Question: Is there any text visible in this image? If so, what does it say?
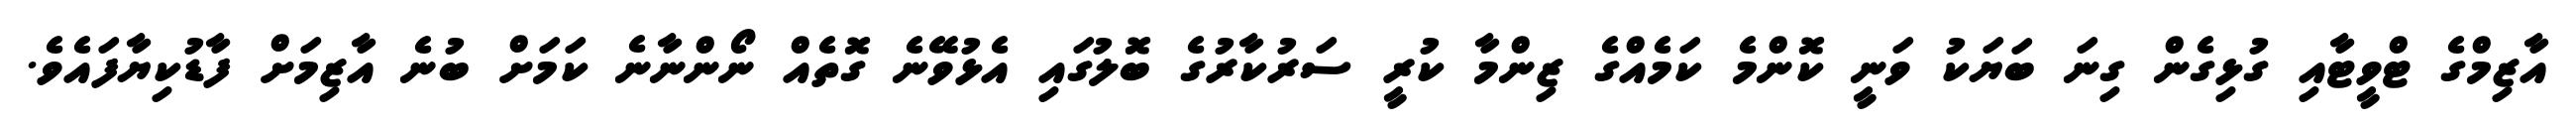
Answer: އާޒިމްގެ ޓްވީޓާއި ގުޅިގެން ގިނަ ބަޔަކު ވަނީ ކޮންމެ ކަމެއްގެ ޒިންމާ ކުރީ ސަރުކާރުގެ ބޮލުގައި އެޅުވޭނެ ގޮތެއް ނޯންނާނެ ކަމަށް ބުނެ އާޒިމަށް ފާޑުކިޔާފައެވެ.